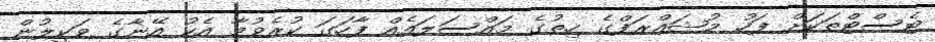
ޓެސްޓްތަކަށް ފަހު މުޝައްރަފްގެ ހިތުގެ މައްސަލައެއް ފާހަގަ ކުރެވުމާ އެކު އޭނާގެ ވަކީލުން